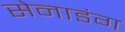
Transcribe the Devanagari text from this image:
सेनाडंग